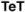
TeT